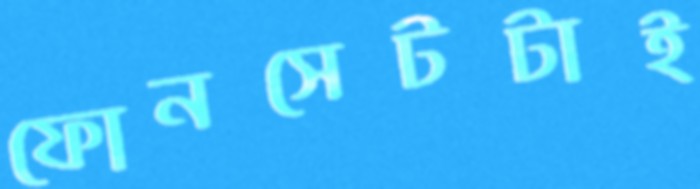
ফোনসেটটাই